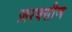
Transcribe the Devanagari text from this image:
ज़रक्सीज